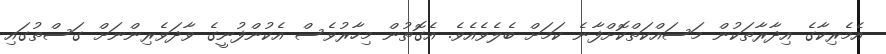
އެމެރިކާގެ އިދާރާތަކުން މަސައްކަތްކޮށްފާނެ ކަމަށް ބެލެވެއެވެ. އެގޮތުން މިހާރުވެސް އެކުންފުނީގެ ވާދަވެރިންނަށް ގަސްތުގައި